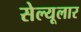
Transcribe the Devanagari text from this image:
सेल्यूलार